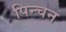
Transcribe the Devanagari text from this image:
पिन्चन